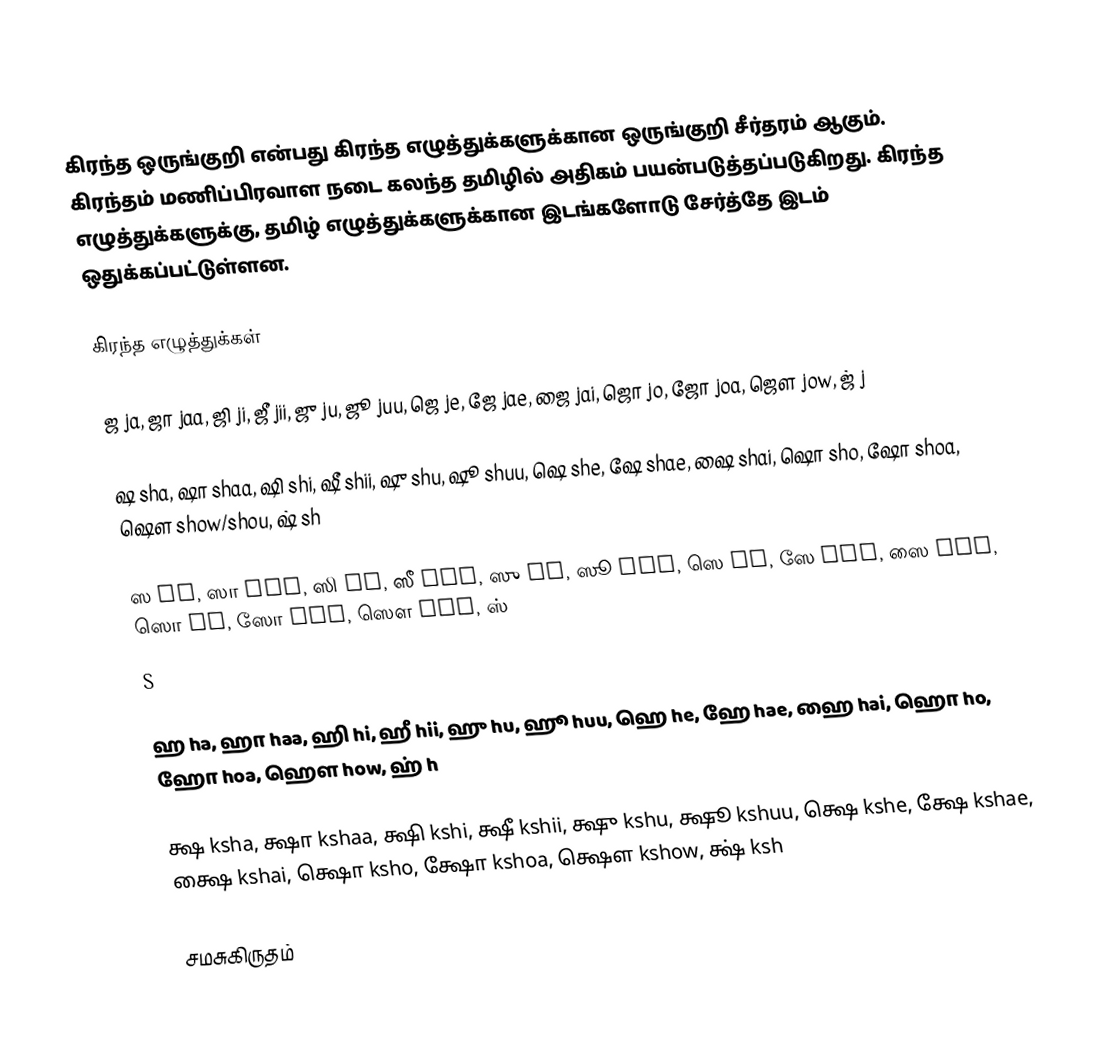
கிரந்த ஒருங்குறி என்பது கிரந்த எழுத்துக்களுக்கான ஒருங்குறி சீர்தரம் ஆகும்.  கிரந்தம் மணிப்பிரவாள நடை கலந்த தமிழில் அதிகம் பயன்படுத்தப்படுகிறது. கிரந்த எழுத்துக்களுக்கு, தமிழ் எழுத்துக்களுக்கான இடங்களோடு சேர்த்தே இடம் ஒதுக்கப்பட்டுள்ளன.

கிரந்த எழுத்துக்கள்

ஜ ja, ஜா jaa, ஜி ji, ஜீ jii, ஜு ju, ஜூ juu, ஜெ je, ஜே jae, ஜை jai, ஜொ jo, ஜோ joa, ஜௌ jow, ஜ் j

ஷ sha, ஷா shaa, ஷி shi, ஷீ shii, ஷு shu, ஷூ shuu, ஷெ she, ஷே shae, ஷை shai, ஷொ sho, ஷோ shoa, ஷௌ show/shou, ஷ் sh

ஸ Sa, ஸா Saa, ஸி Si, ஸீ Sii, ஸு Su, ஸூ Suu, ஸெ Se, ஸே Sae, ஸை Sai, ஸொ So, ஸோ Soa, ஸௌ Sow, ஸ்
S

ஹ ha, ஹா haa, ஹி hi, ஹீ hii, ஹு hu, ஹூ huu, ஹெ he, ஹே hae, ஹை hai, ஹொ ho, ஹோ hoa, ஹௌ how, ஹ் h

க்ஷ ksha, க்ஷா kshaa, க்ஷி kshi, க்ஷீ kshii, க்ஷு kshu, க்ஷூ kshuu, க்ஷெ kshe, க்ஷே kshae, க்ஷை kshai, க்ஷொ ksho, க்ஷோ kshoa, க்ஷௌ kshow, க்ஷ் ksh

சமசுகிருதம்